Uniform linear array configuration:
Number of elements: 32
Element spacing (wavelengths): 0.5
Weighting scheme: binomial
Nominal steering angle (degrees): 0
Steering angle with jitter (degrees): -0.1392
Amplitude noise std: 0.05
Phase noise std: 0.05

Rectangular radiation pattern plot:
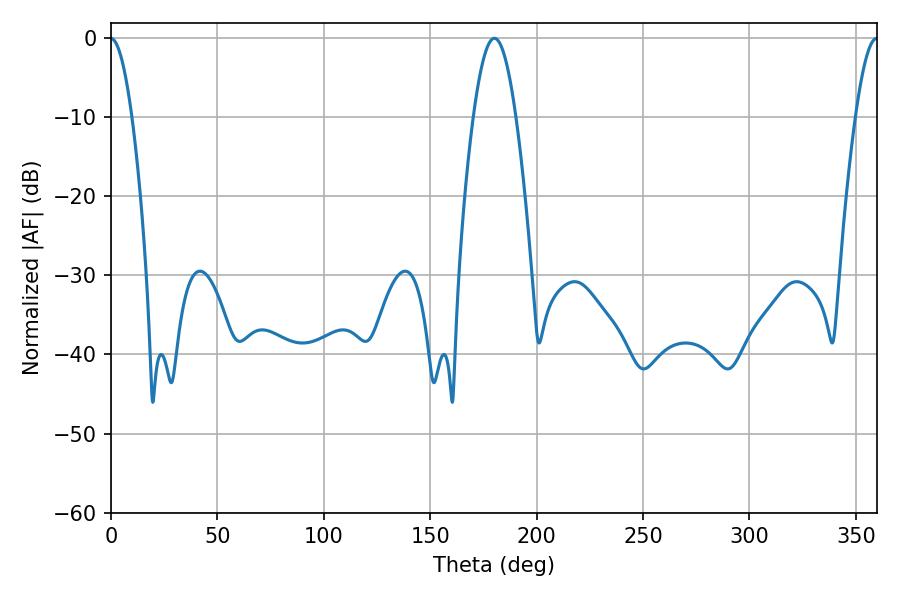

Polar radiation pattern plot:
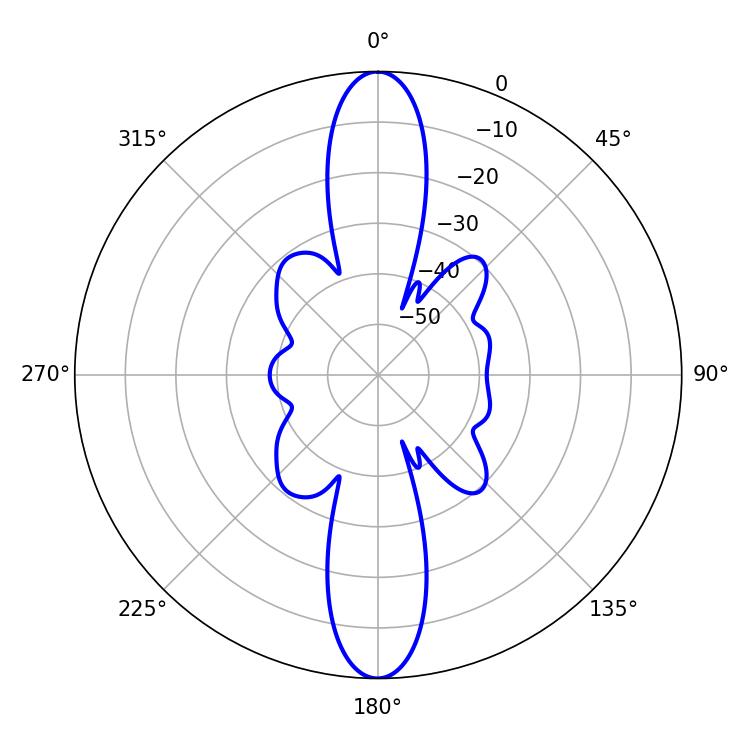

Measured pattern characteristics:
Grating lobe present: FALSE
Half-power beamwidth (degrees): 10.8
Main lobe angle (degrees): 180.18